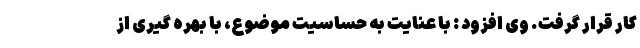
کار قرار گرفت. وی افزود : با عنایت به حساسیت موضوع، با بهره گیری از